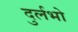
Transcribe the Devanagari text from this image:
दुर्लभो